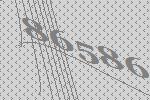
86586